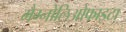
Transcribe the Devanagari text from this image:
मैग्नोलिओफाइटा